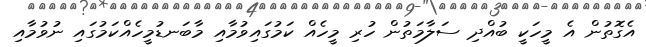
އެގޮތުން އެ މީހަކީ ބުއްދި ސަލާމަތުން ހުރި މީހެއް ކަމުގައިވުމާއި މާބަނޑުމީހެއްކަމުގައި ނުވުމާއި